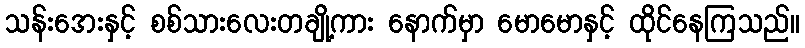
သန်းအေးနှင့် စစ်သားလေးတချို့ကား နောက်မှာ မောမောနှင့် ထိုင်နေကြသည်။